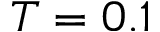
T = 0 . 1